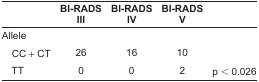
|  | BI-RADs III | BI-RADs IV | BI-RADs V |  |
 | --- | --- | --- | --- | --- |
 | Allele |  |  |  |  |
 | CC + CT | 26 | 16 | 10 |  |
 | TT | 0 | 0 | 2 | p < 0.026 |